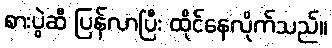
စားပွဲဆီ ပြန်လာပြီး ထိုင်နေလိုက်သည်။